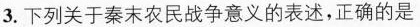
3.下列关于秦末农民战争意义的表述，正确的是